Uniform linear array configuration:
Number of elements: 48
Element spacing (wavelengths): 0.75
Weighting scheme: cosine
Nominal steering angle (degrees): -45
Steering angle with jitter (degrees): -43.174
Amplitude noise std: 0.05
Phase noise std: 0.05

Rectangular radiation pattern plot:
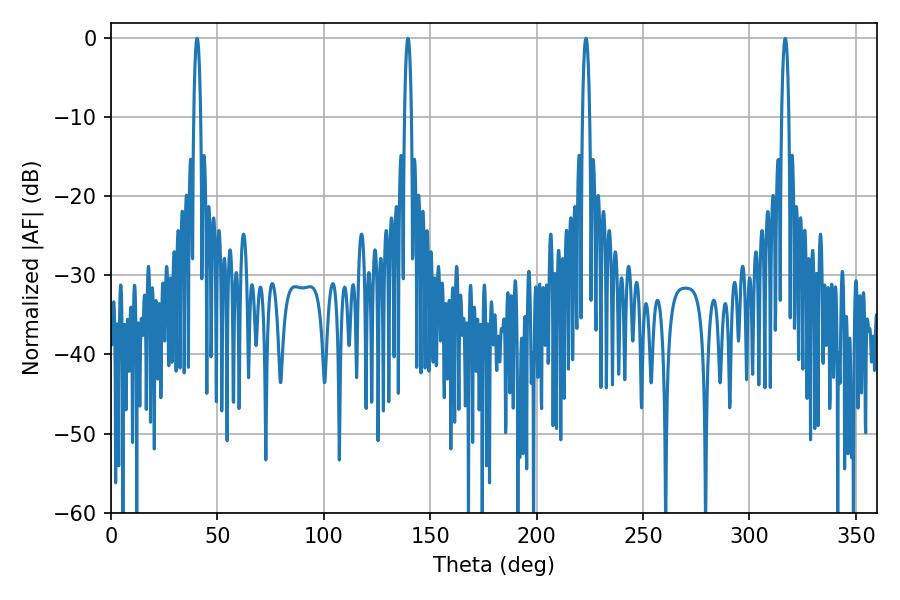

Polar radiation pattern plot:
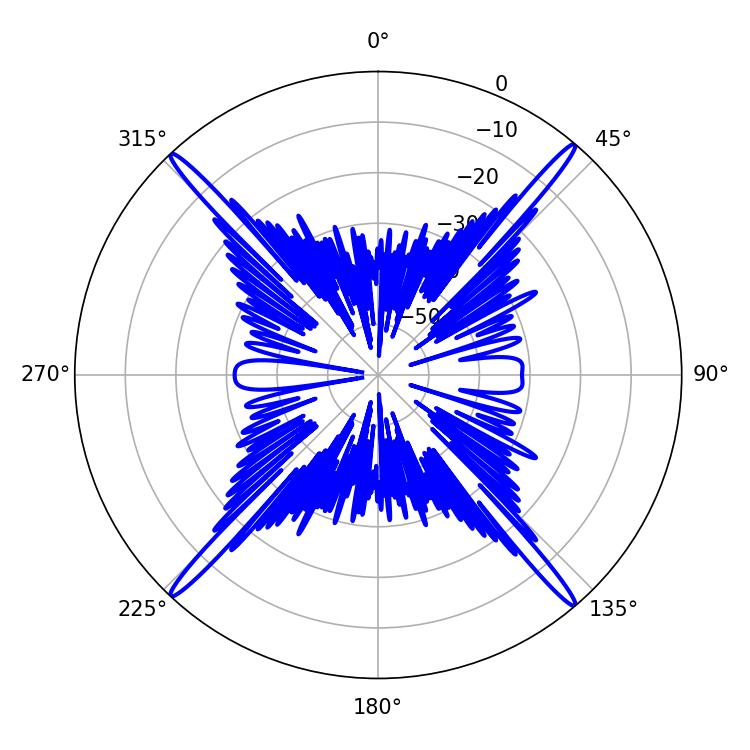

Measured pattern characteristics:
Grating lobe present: TRUE
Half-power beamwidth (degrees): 1.8
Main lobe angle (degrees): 223.2